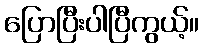
ပြောပြီးပါပြီကွယ့်။